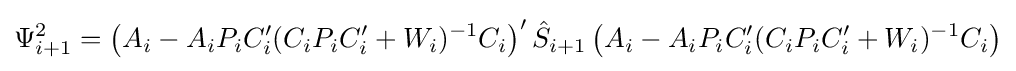
\Psi _{i+1}^{2}=\left(A_{i}-A_{i}P_{i}C'_{i}(C_{i}P_{i}C'_{i}+W_{i})^{-1}C_{i}\right)'{\hat {S}}_{i+1}\left(A_{i}-A_{i}P_{i}C'_{i}(C_{i}P_{i}C'_{i}+W_{i})^{-1}C_{i}\right)